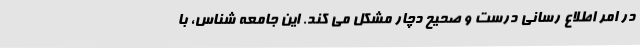
در امر اطلاع رسانی درست و صحیح دچار مشکل می کند. این جامعه شناس، با